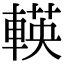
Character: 𨍞